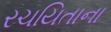
રચયિતાના